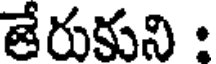
తేరుకుని :